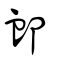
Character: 卹